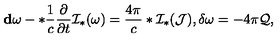
{ \bf d } \omega - * \frac { 1 } { c } \frac { \partial } { \partial t } { \cal I } _ { * } ( \omega ) = \frac { 4 \pi } { c } * { \cal I } _ { * } ( { \cal J } ) , \delta \omega = - 4 \pi { \cal Q } ,